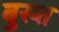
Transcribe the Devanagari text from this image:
बुख्त